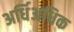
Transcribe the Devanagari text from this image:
अर्धिअधिक